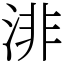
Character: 渄